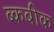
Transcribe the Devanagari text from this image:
ब्कबीक